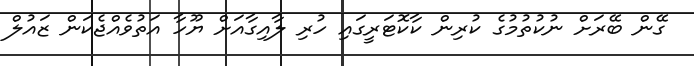
ގޭން ބޭރަށް ނުކުތުމުގެ ކުރިން ކާކޮޓަރީގައި ހުރި ލާއިގާއަށް ޔޫހާ އަތުވެއްޖެކަން ޒައުލް